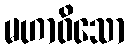
မဟာဝိသော